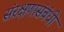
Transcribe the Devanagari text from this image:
संरक्षणासंबंधी